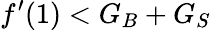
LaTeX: f^{\prime}(1)<G_{B}+G_{S}